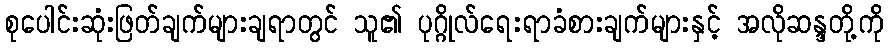
စုပေါင်းဆုံးဖြတ်ချက်များချရာတွင် သူ၏ ပုဂ္ဂိုလ်ရေးရာခံစားချက်များနှင့် အလိုဆန္ဒတို့ကို